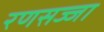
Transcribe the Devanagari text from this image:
रणसज्जा